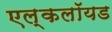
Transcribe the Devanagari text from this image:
एल्कलॉयड